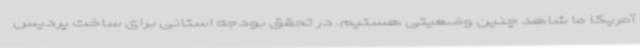
آمریکا ما شاهد چنین وضعیتی هستیم. در تحقق بودجه استانی برای ساخت پردیس